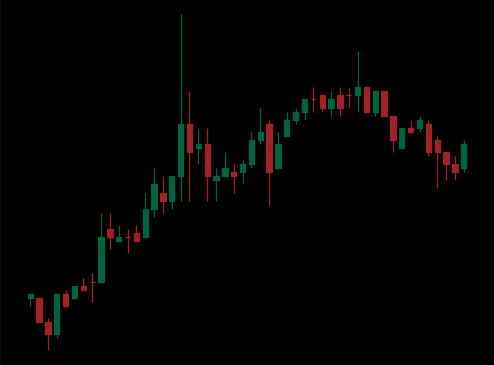
Pattern: bear_flag